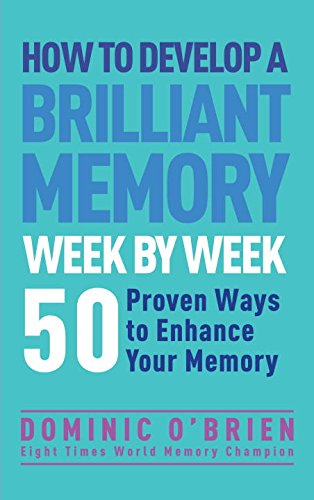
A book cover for How to Develop a Brilliant Memory Week by Week: 50 Proven Ways to Enhance Your Memory Skills; Dominic O'Brien; Self-Help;